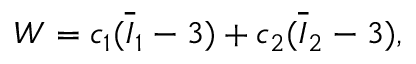
W = c _ { 1 } ( \overline { { I } } _ { 1 } - 3 ) + c _ { 2 } ( \overline { { I } } _ { 2 } - 3 ) ,